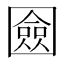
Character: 𭍴